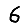
Digit: 6